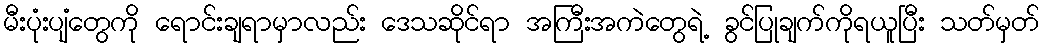
မီးပုံးပျံတွေကို ရောင်းချရာမှာလည်း ဒေသဆိုင်ရာ အကြီးအကဲတွေရဲ့ ခွင်ပြုချက်ကိုရယူပြီး သတ်မှတ်